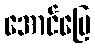
အောင်မြေ